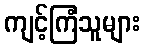
ကျင့်ကြံသူများ